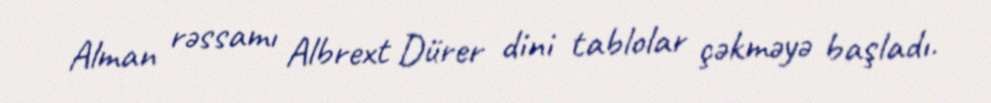
Alman rəssamı Albrext Dürer dini tablolar çəkməyə başladı.